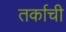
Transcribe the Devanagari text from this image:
तर्काची